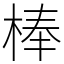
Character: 棒